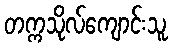
တက္ကသိုလ်ကျောင်းသူ